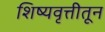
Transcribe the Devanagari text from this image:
शिष्यवृत्तीतून